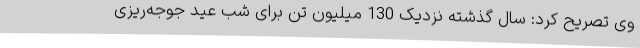
وی تصریح کرد: سال گذشته نزدیک 130 میلیون تن برای شب عید جوجه‌ریزی